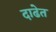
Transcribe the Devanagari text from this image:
दाढेत